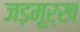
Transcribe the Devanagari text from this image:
जड़मूर्ख